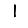
Digit: 1